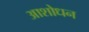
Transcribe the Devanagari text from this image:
आशोधन